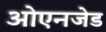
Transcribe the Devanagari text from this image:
ओएनजेड